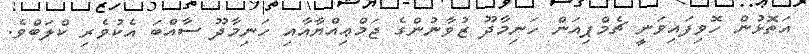
އަތޮޅުން ހޮވިފައިވަނީ ޗެމްޕިއަން ހަނިމާދޫ ޒުވާނުންގެ ޖަމްޢިއްޔާއާއި ހަނިމާދޫ ސާއްބަ އެކުވެރި ކްލަބްވެ.